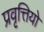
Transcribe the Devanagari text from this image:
प्रवृत्तियो